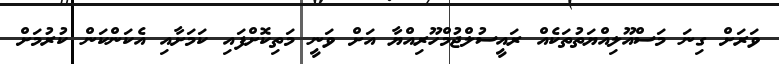
ވަރަށް ގިނަ މަސްއޫލިއްޔަތުތަކެއް ރައީސުލްޖުމްހޫރިއްޔާ އަށް ވަނީ މަތިކޮށްފައި ކަމަށާއި އެކަންކަން ކުރުމަށް